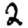
Digit: 2